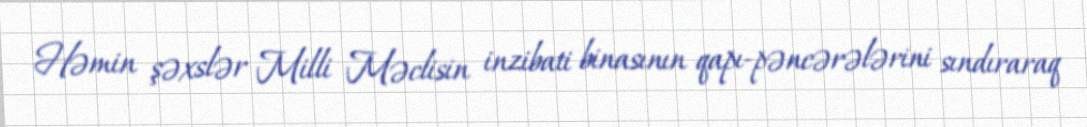
Həmin şəxslər Milli Məclisin inzibati binasının qapı-pəncərələrini sındıraraq